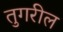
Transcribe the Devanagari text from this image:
तुगरील